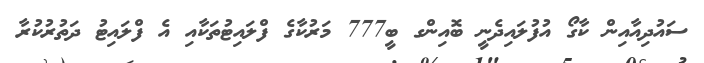
ސައުދިއާއިން ކާގޯ އުފުލައިދެނީ ބޮއިންގ ބީ777 މަރުކާގެ ފްލައިޓުތަކާއި އެ ފްލައިޓު ދަތުރުކުރާ